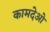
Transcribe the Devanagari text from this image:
कामदेओ